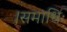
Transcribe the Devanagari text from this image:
।समाधिः